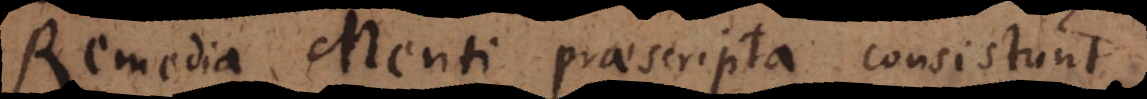
Remedia Menti praescripta consistunt